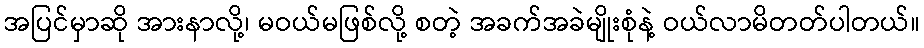
အပြင်မှာဆို အားနာလို့၊ မဝယ်မဖြစ်လို့ စတဲ့ အခက်အခဲမျိုးစုံနဲ့ ဝယ်လာမိတတ်ပါတယ်။